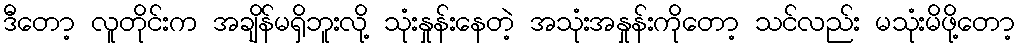
ဒီတော့ လူတိုင်းက အချိန်မရှိဘူးလို့ သုံးနှုန်းနေတဲ့ အသုံးအနှုန်းကိုတော့ သင်လည်း မသုံးမိဖို့တော့